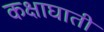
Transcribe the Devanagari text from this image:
कक्षाघाती